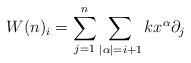
LaTeX: \begin{align*}W(n)_i=\sum_{j=1}^n\sum_{\vert \alpha\vert =i+1} kx^\alpha\partial_j\end{align*}